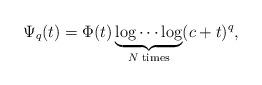
LaTeX: \begin{align*} \Psi_q(t)=\Phi(t)\underbrace{\log\cdots\log}_{N\;\mathrm{times}}(c+t)^q,\end{align*}